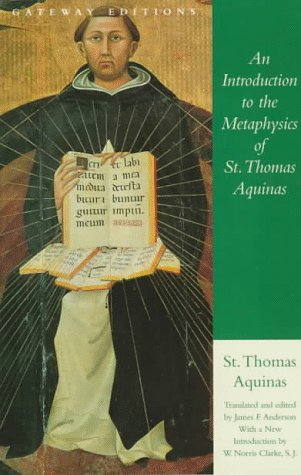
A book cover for An Introduction to the Metaphysics of St. Thomas Aquinas; Saint Thomas Aquinas; Politics & Social Sciences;